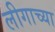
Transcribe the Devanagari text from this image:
लीगाच्या